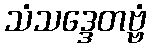
သံသဒ္ဒေတဗ္ဗံ